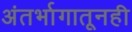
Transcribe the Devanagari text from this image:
अंतर्भागातूनही